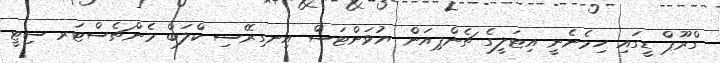
ގްރޫޕް ޑީގައި ހިމެނެނީ އިޓަލީގެ ޗެންޕިއަން ޔުވަންޓަސް އިނގިރޭސި ކްލަބް މެންޗެސްޓަރ ސިޓީ